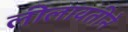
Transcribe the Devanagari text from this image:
लीलावतीने